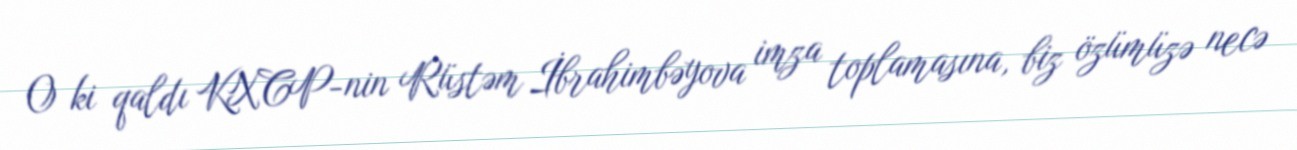
O ki qaldı KXCP-nin Rüstəm İbrahimbəyova imza toplamasına, biz özümüzə necə